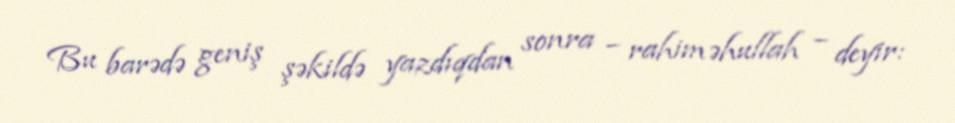
Bu barədə geniş şəkildə yazdıqdan sonra – rahiməhullah – deyir: